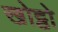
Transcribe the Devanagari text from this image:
खोट्ठो